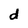
Character: d